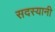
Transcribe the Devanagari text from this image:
सदस्यानी